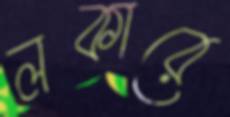
লকারে